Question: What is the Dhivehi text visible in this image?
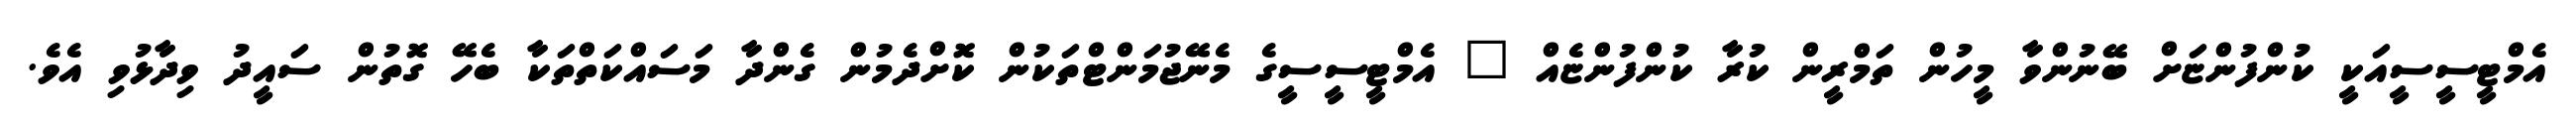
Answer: އެމްޓީސީސީއަކީ ކުންފުންޏަށް ބޭނުންވާ މީހުން ތަމްރީން ކުރާ ކުންފުންޏެއް " އެމްޓީސީސީގެ މެނޭޖުމަންޓްތަކުން ކޮށްދެމުން ގެންދާ މަސައްކަތްތަކާ ބެހޭ ގޮތުން ސައީދު ވިދާޅުވި އެވެ.